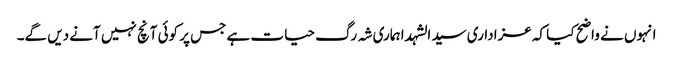
انہوں نے واضح کیا کہ عزاداری سید الشہدا ہماری شہ رگ حیات ہے جس پر کوئی آنچ نہیں آنے دیں گے۔